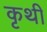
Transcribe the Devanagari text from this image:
कृथी